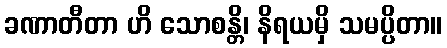
ခဏာတီတာ ဟိ သောစန္တိ၊ နိရယမှိ သမပ္ပိတာ။